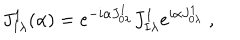
J _ { I \lambda } ^ { 1 } ( \alpha ) = e ^ { - i \alpha J _ { 0 \lambda } ^ { 1 } } J _ { I \lambda } ^ { 1 } e ^ { i \alpha J _ { 0 \lambda } ^ { 1 } } \; ,